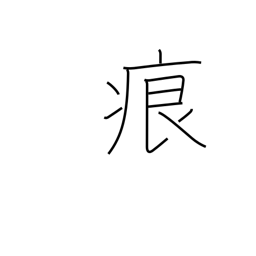
Meaning: foot print